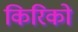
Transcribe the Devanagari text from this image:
किरिको